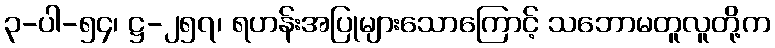
၃-ပါ-၅၄၊ ဋ္ဌ-၂၅၇၊ ရဟန်းအပြုများသောကြောင့် သဘောမတူလူတို့က